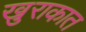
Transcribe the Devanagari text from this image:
खुराकात